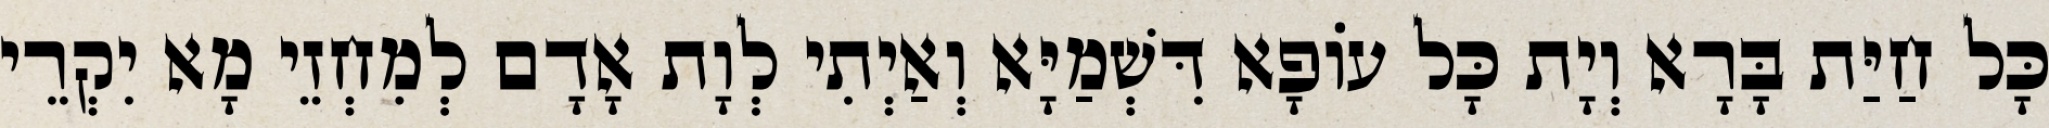
כָּל חַיַּת בָּרָא וְיָת כָּל עוֹפָא דִּשְׁמַיָּא וְאַיְתִי לְוָת אָדָם לְמִחְזֵי מָא יִקְרֵי